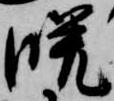
晩